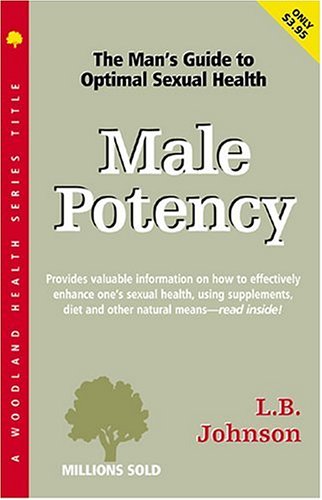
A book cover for Male Potency: A Natural Guide; L.B. Johnson; Health, Fitness & Dieting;